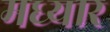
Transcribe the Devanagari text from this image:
मध्यार